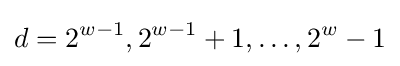
d=2^{w-1},2^{w-1}+1,\dots ,2^{w}-1